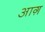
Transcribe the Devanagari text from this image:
आग़